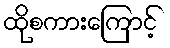
ထိုစကားကြောင့်